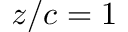
z / c = 1